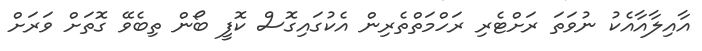
އާއިލާއާއެކު ނުވަތަ ރަށްޓެރި ރަހްމަތްތެރިން އެކުގައިގޮސް ކޮފީ ބޯން ތިބެވޭ ގޮތަށް ވަރަށް